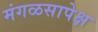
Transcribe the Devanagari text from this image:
मंगळसापेक्ष